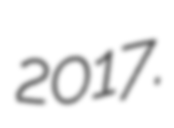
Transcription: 2017.